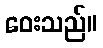
ဝေးသည်။